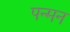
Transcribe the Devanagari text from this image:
पन्मन